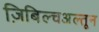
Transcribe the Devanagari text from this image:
ज़िबिल्चअल्तून